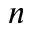
n